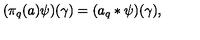
( \pi _ { q } ( a ) \psi ) ( \gamma ) = ( a _ { q } * \psi ) ( \gamma ) ,